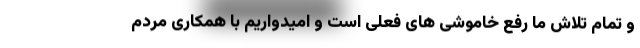
و تمام تلاش ما رفع خاموشی های فعلی است و امیدواریم با همکاری مردم